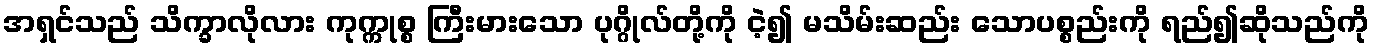
အရှင်သည် သိက္ခာလိုလား ကုက္ကုစ္စ ကြီးမားသော ပုဂ္ဂိုလ်တို့ကို ငဲ့၍ မသိမ်းဆည်း သောပစ္စည်းကို ရည်၍ဆိုသည်ကို